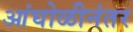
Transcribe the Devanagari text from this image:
आंघोळीनंतर